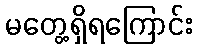
မတွေ့ရှိရကြောင်း